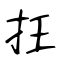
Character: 抂